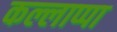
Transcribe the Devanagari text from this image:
कल्लाप्पा